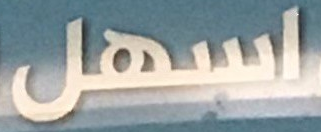
اسهل